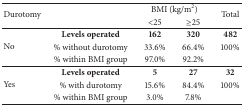
<table><thead><tr><td rowspan="2"><b>Durotomy</b></td><td><b> </b></td><td colspan="2"><b>BMI (kg/m<sup>2</sup>)</b></td><td rowspan="2"><b>Total</b></td></tr><tr><td><b> </b></td><td><b>&lt;25</b></td><td><b>≥25</b></td></tr></thead><tbody><tr><td> </td><td><b>Levels operated</b></td><td><b>162</b></td><td><b>320</b></td><td><b>482</b></td></tr><tr><td rowspan="2">No</td><td>% without durotomy</td><td>33.6%</td><td>66.4%</td><td>100%</td></tr><tr><td>% within BMI group</td><td>97.0%</td><td>92.2%</td><td> </td></tr><tr><td> </td><td><b>Levels operated</b></td><td><b>5</b></td><td><b>27</b></td><td><b>32</b></td></tr><tr><td rowspan="2">Yes</td><td>% with durotomy</td><td>15.6%</td><td>84.4%</td><td>100%</td></tr><tr><td>% within BMI group</td><td>3.0%</td><td>7.8%</td><td> </td></tr></tbody></table>